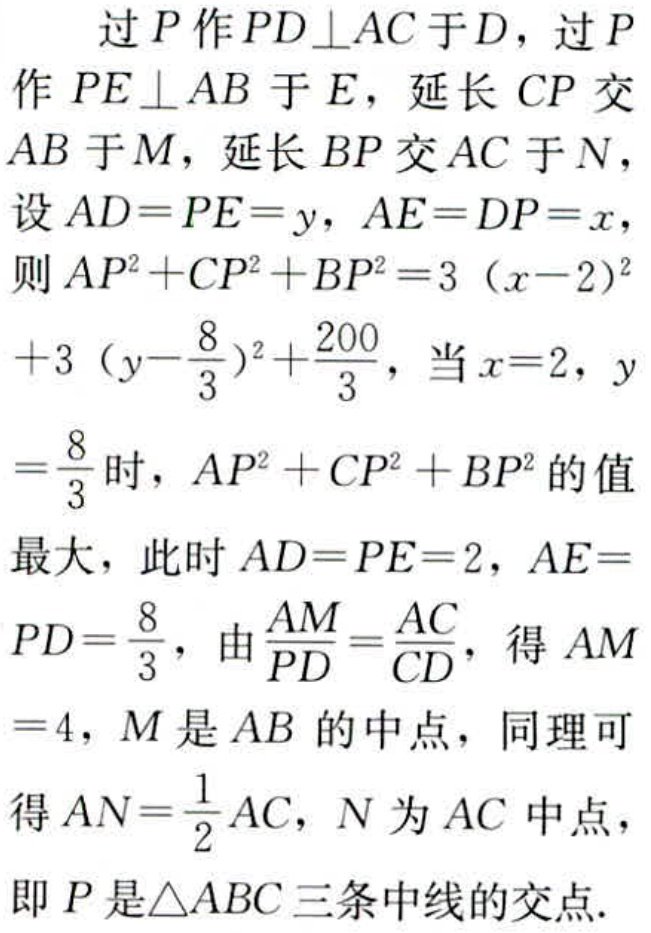
过\(P\)作\(PD\perp AC\)于\(D\)，过\(P\)作\(PE\perp AB\)于\(E\)，延长\(CP\)交\(AB\)于\(M\)，延长\(BP\)交\(AC\)于\(N\)，设\(AD = PE = y\)，\(AE = DP = x\)，则\(AP^{2}+CP^{2}+BP^{2}=3(x - 2)^{2}+3\left(y-\dfrac{8}{3}\right)^{2}+\dfrac{200}{3}\)，当\(x = 2\)，\(y=\dfrac{8}{3}\)时，\(AP^{2}+CP^{2}+BP^{2}\)的值最大，此时\(AD = PE = 2\)，\(AE = PD=\dfrac{8}{3}\)，由\(\dfrac{AM}{PD}=\dfrac{AC}{CD}\)，得\(AM = 4\)，\(M\)是\(AB\)的中点，同理可得\(AN=\dfrac{1}{2}AC\)，\(N\)为\(AC\)中点，即\(P\)是\(\triangle ABC\)三条中线的交点.